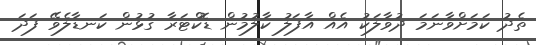
ތެދު ކަމަށްވާނަމަ ދުވާލަކު އެއް އާފަލު ކާލުމުން ޑޮކްޓަރާ ގުޅުން ކަނޑާލެވޭ ފަދަ